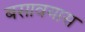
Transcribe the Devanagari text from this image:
बसावयास